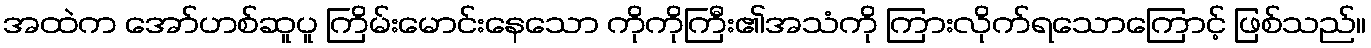
အထဲက အော်ဟစ်ဆူပူ ကြိမ်းမောင်းနေသော ကိုကိုကြီး၏အသံကို ကြားလိုက်ရသောကြောင့် ဖြစ်သည်။